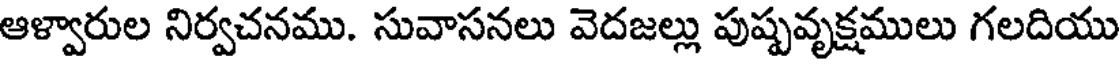
ఆళ్వారుల నిర్వచనము. సువాసనలు వెదజల్లు పుష్పవృక్షములు గలదియు